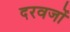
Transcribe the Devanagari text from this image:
दरवजों